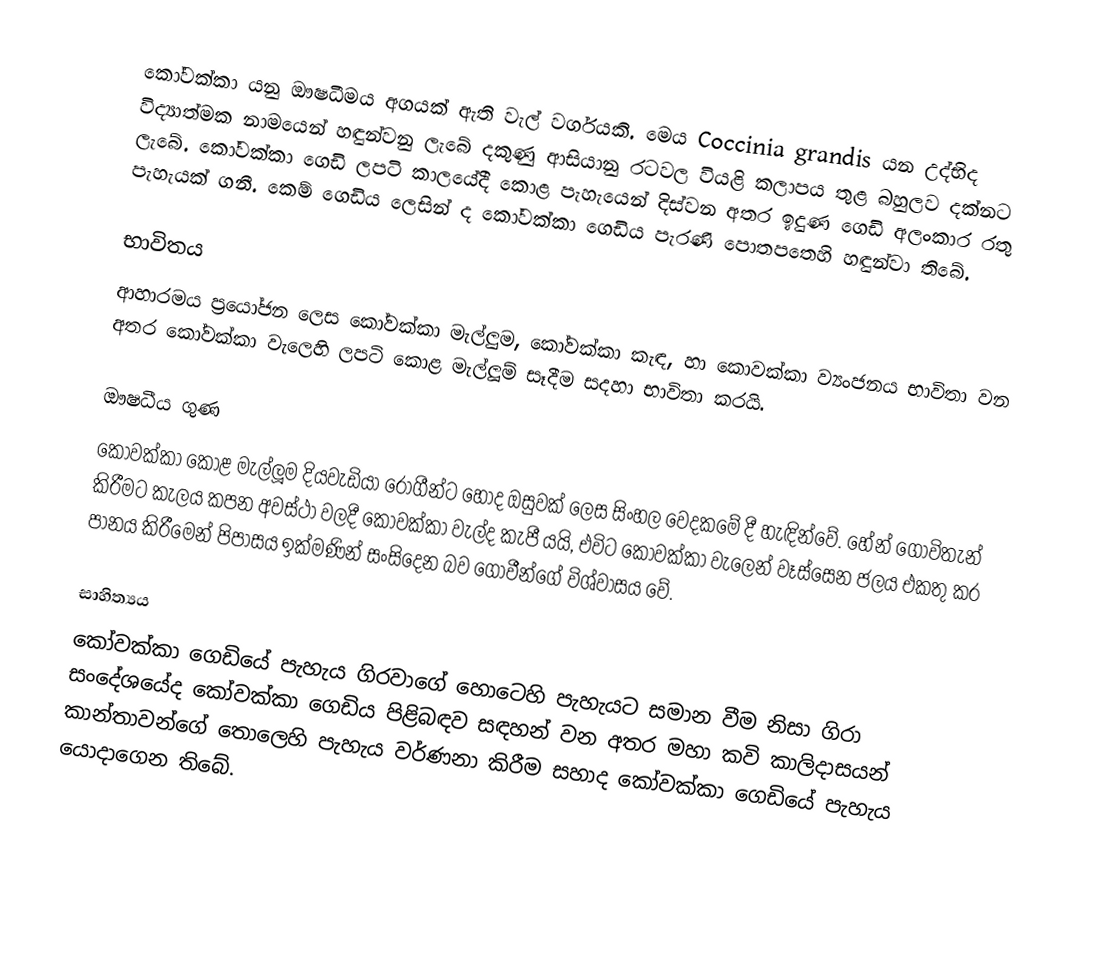
කෝවක්කා යනු ඖෂධීමය අගයක් ඇති වැල් වර්ගයකි. මෙය Coccinia grandis යන උද්භිද විද්‍යාත්මක නාමයෙන් හඳුන්වනු ලැබේ දකුණු ආසියානු රටවල වියළි කලාපය තුළ බහුලව දක්නට ලැබේ. කෝවක්කා ගෙඩි ලපටි කාලයේදී කොළ පැහැයෙන් දිස්වන අතර ඉදුණ ගෙඩි අලංකාර රතු පැහැයක් ගනී. කෙම් ගෙඩිය ලෙසින් ද කෝවක්කා ගෙඩිය පැරණි පොතපතෙහි හඳුන්වා තිබේ.

භාවිතය
ආහාරමය ප්‍රයෝජන ලෙස කෝවක්කා මැල්ලුම, කෝවක්කා කැඳ, හා කොවක්කා ව්‍යංජනය භාවිතා වන අතර කෝවක්කා වැලෙහි ලපටි කොළ මැල්ලූම් සෑදීම සදහා භාවිතා කරයි.

ඖෂධීය ගුණ
කෝවක්කා කොළ මැල්ලූම දියවැඩියා රෝගීන්ට හොද ඔසුවක් ලෙස සිංහල වෙදකමේ දී හැඳින්වේ. හේන් ගොවිතැන් කිරීමට කැලය කපන අවස්ථා වලදී කෝවක්කා වැල්ද කැපී යයි, එවිට කොවක්කා වැලෙන් වෑස්සෙන ජලය එකතු කර පානය කිරීමෙන් පිපාසය ඉක්මණින් සංසිදෙන බව ගොවීන්ගේ විශ්වාසය වේ.

සාහිත්‍යය
කෝවක්කා ගෙඩියේ පැහැය ගිරවාගේ හොටෙහි පැහැයට සමාන වීම නිසා ගිරා සංදේශයේද කෝවක්කා ගෙඩිය පිළිබඳව සඳහන් වන අතර මහා කවි කාලිදාසයන් කාන්තාවන්ගේ තොලෙහි පැහැය වර්ණනා කිරීම සහාද කෝවක්කා ගෙඩියේ පැහැය යොදාගෙන තිබේ.